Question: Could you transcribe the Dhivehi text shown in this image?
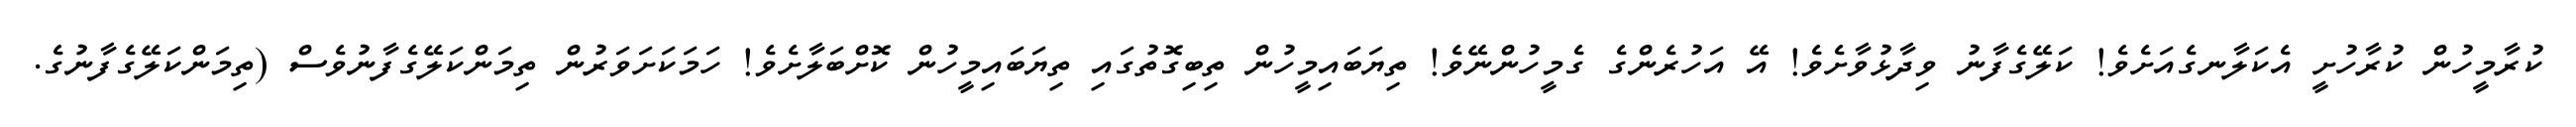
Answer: ކުރާމީހުން ކުރާހުށީ އެކަލާނގެއަށެވެ! ކަލޭގެފާނު ވިދާޅުވާށެވެ! އޭ އަހުރެންގެ ގެމީހުންނޭވެ! ތިޔަބައިމީހުން ތިބިގޮތުގައި ތިޔަބައިމީހުން ކޮށްބަލާށެވެ! ހަމަކަށަވަރުން ތިމަންކަލޭގެފާނުވެސް (ތިމަންކަލޭގެފާނުގެ.